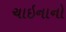
ચાઇનાનો